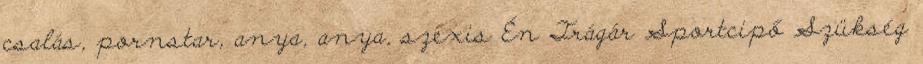
csalás, pornstar, anya, anya, szexis Én Trágár Sportcipő Szükség